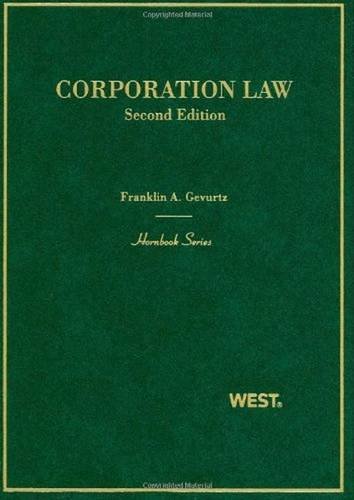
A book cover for Corporation Law (Hornbook); Franklin Gevurtz; Law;